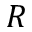
R